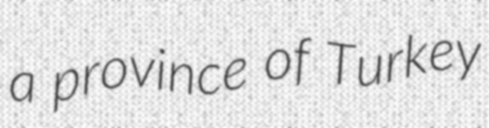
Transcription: a province of Turkey